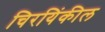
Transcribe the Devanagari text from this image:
चिरयिंकील